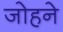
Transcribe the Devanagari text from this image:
जोहने